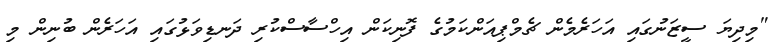
"މިދިޔަ ސީޒަނުގައި އަހަރެމެން ޗެމްޕިއަންކަމުގެ ފޮނިކަން އިހްސާސްކުރި ދަނޑިވަޅުގައި އަހަރެން ބުނިން މި